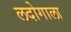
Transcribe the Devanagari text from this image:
लदोगाला